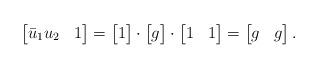
LaTeX: \begin{align*}\begin{bmatrix}\bar u_1u_2 & 1\end{bmatrix}=\begin{bmatrix}1\end{bmatrix}\cdot\begin{bmatrix}g\end{bmatrix}\cdot\begin{bmatrix}1 & 1\end{bmatrix}=\begin{bmatrix}g & g\end{bmatrix}.\end{align*}